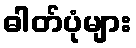
ဓါတ်ပုံများ